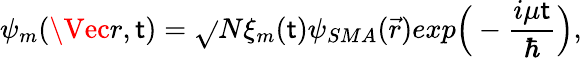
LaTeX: \psi_{m}(\Vec{r},\mathsf{t})=\sqrt{}{{N}}\xi_{m}(\mathsf{t})\psi_{SMA}(\vec{{r}})exp\Big(-\frac{{i\mu\mathsf{t}}}{{\hbar}}\Big),